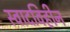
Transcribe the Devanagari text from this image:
स्वादविहीन